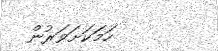
ހަމަކަށަވަރުން